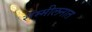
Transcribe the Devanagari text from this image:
संम्मीलनात